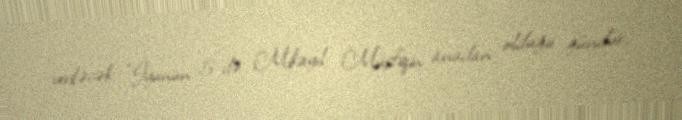
veriləcək: "İyunun 5-də Mikayıl Müşfiqin anadan olduğu gündür.